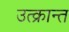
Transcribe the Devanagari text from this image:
उत्क्रान्त